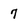
Character: 7